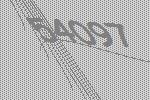
54097